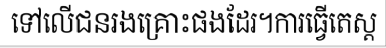
ទៅលើជនរងគ្រោះផងដែរ។ការធ្វើតេស្ត